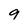
Character: g